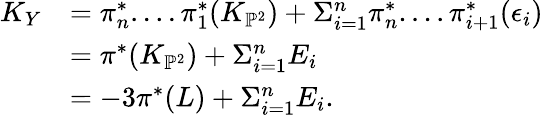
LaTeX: \begin{array}{rl}{K_{Y}}&{=\pi_{n}^{*}....\pi_{1}^{*}(K_{\mathbb{P}^{2}})+\Sigma_{i=1}^{n}\pi_{n}^{*}....\pi_{i+1}^{*}(\epsilon_{i})}\\ &{=\pi^{*}(K_{\mathbb{P}^{2}})+\Sigma_{i=1}^{n}E_{i}}\\ &{=-3\pi^{*}(L)+\Sigma_{i=1}^{n}E_{i}.}\end{array}